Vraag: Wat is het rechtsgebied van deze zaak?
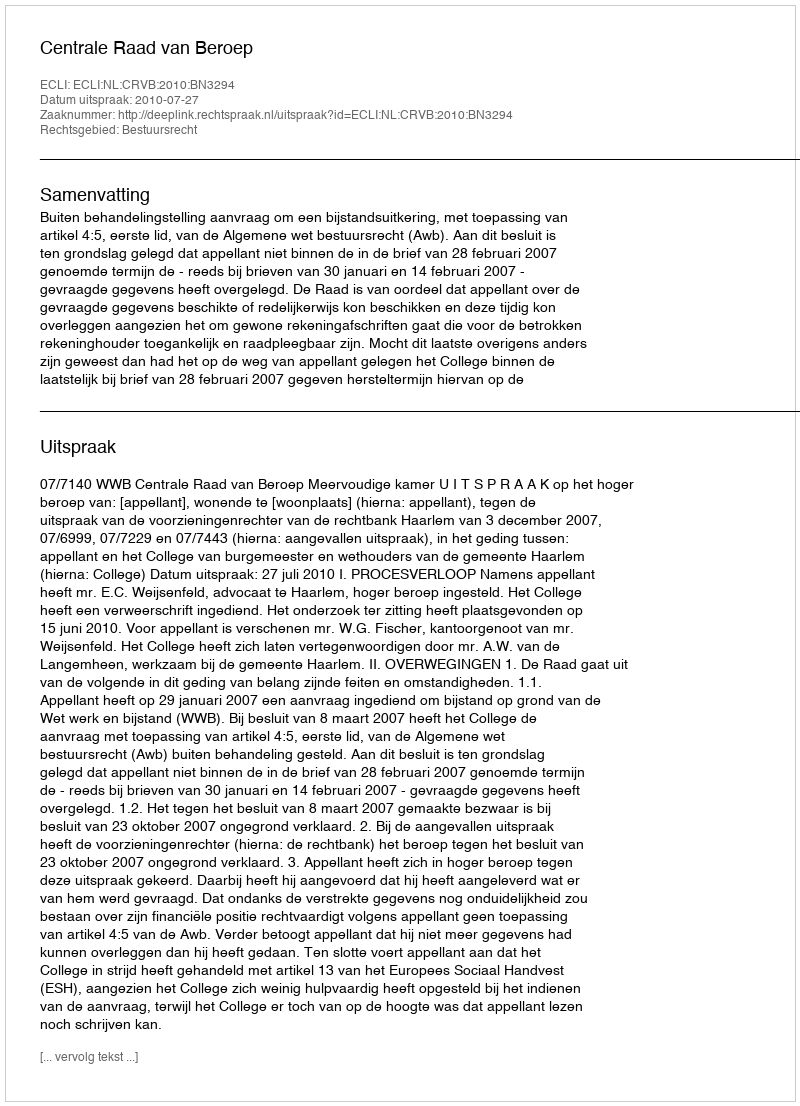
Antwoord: Bestuursrecht